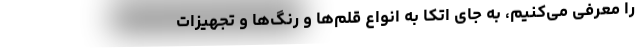
را معرفی می‌کنیم، به جای اتکا به انواع قلم‌ها و رنگ‌ها و تجهیزات